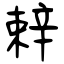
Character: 辢